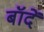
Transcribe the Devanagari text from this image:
बॉदें